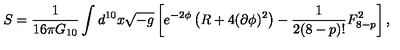
S = \frac { 1 } { 1 6 \pi G _ { 1 0 } } \int d ^ { 1 0 } x \sqrt { - g } \left[ e ^ { - 2 \phi } \left( R + 4 ( \partial \phi ) ^ { 2 } \right) - \frac { 1 } { 2 ( 8 - p ) ! } F _ { 8 - p } ^ { 2 } \right] ,